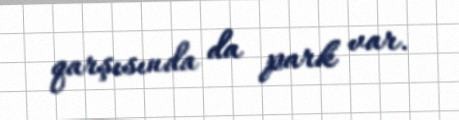
qarşısında da park var.